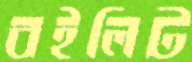
বইলিট